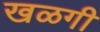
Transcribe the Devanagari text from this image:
खळगी